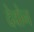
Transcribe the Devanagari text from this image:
देवोन